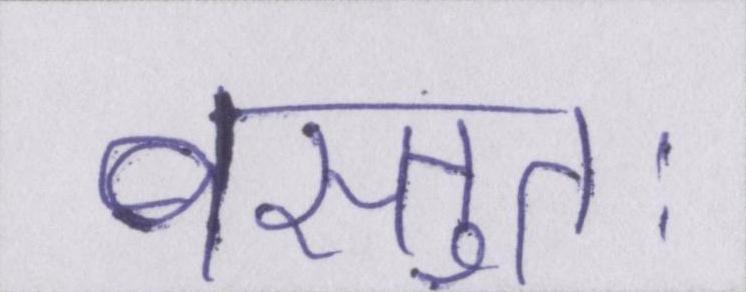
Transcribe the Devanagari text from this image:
वस्तुतः